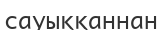
сауыққаннан